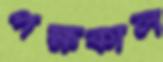
পক্ষকাল